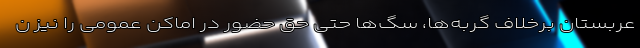
عربستان برخلاف گربه‌ها، سگ‌ها حتی حق حضور در اماکن عمومی را نیز ن